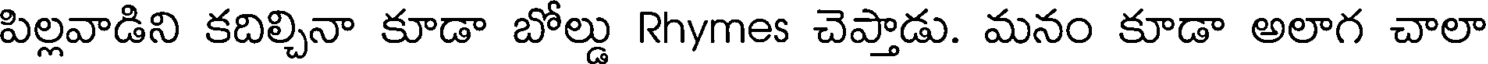
పిల్లవాడిని కదిల్చినా కూడా బోల్డు Rhymes చెప్తాడు. మనం కూడా అలాగ చాలా